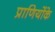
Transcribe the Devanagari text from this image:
प्राणियोंके